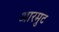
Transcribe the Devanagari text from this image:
आरमुट